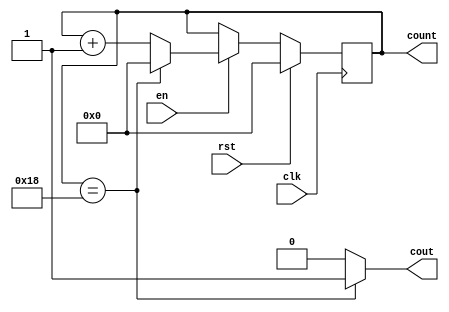
module counter25(input clk, rst, en, output cout, output reg [31:0] count);
	
	always @(posedge clk) begin
		if (rst)
			count <= 32'b0;
		else if (en)
			count <= (count==24) ? 32'b0 : count + 1;
	end

	assign cout = (count == 24) ? 1'b1 : 1'b0;

endmodule